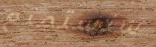
سنستمتع